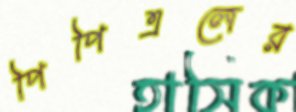
পিপিএলের